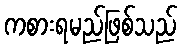
ကစားရမည်ဖြစ်သည်